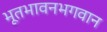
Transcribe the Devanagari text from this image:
भूतभावनभगवान